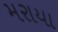
મરાયા